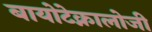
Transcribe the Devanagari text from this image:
बायोटेक्नालोजी